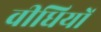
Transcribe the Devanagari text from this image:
वीधियों